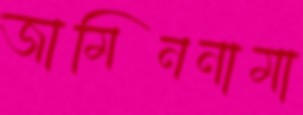
জামিননামা